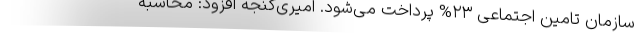
سازمان تامین اجتماعی ۲۳% پرداخت می‌شود. امیری‌گنجه افزود: محاسبه